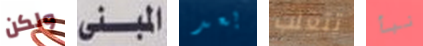
ولكن المبنى بعد تتغلب نبأ